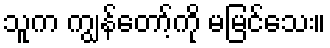
သူက ကျွန်တော့်ကို မမြင်သေး။